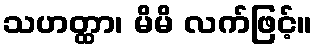
သဟတ္ထာ၊ မိမိ လက်ဖြင့်။